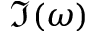
\Im ( \omega )